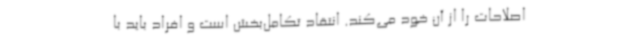
اصلاحات را از آن خود می‌کند. ‌انتقاد تکامل‌بخش است و افراد باید با